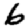
Digit: 6